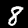
Digit: 8